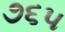
૭૬૫